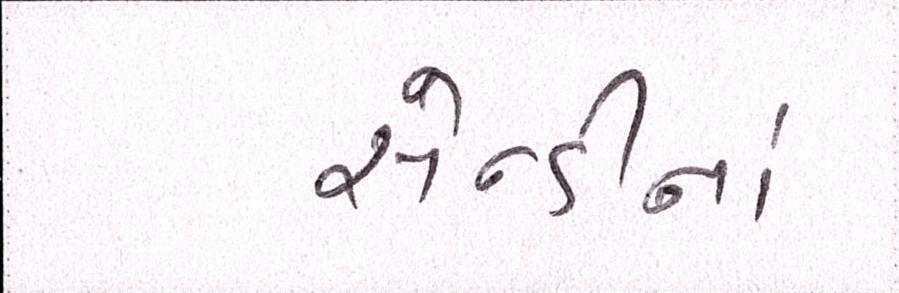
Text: સેન્ડીનાં